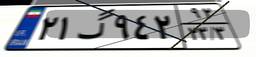
۱۶گ۸۹۳۴۵